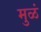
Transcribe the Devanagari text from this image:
मुळं